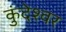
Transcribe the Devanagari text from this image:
कुंदेश्वर